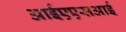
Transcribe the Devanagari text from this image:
आईएएसआई